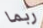
ربما